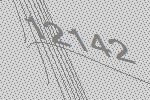
12142